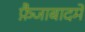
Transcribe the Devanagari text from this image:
फ़ैजाबादमें